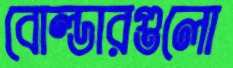
বোল্ডারগুলো